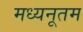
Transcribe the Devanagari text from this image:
मध्यनूतम